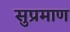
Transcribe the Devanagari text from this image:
सुप्रमाण